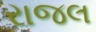
રાજલ